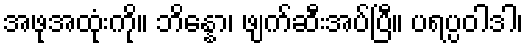
အဖုအထုံးကို။ ဘိန္နော၊ ဖျက်ဆီးအပ်ပြီ။ ပရပ္ပဝါဒါ၊